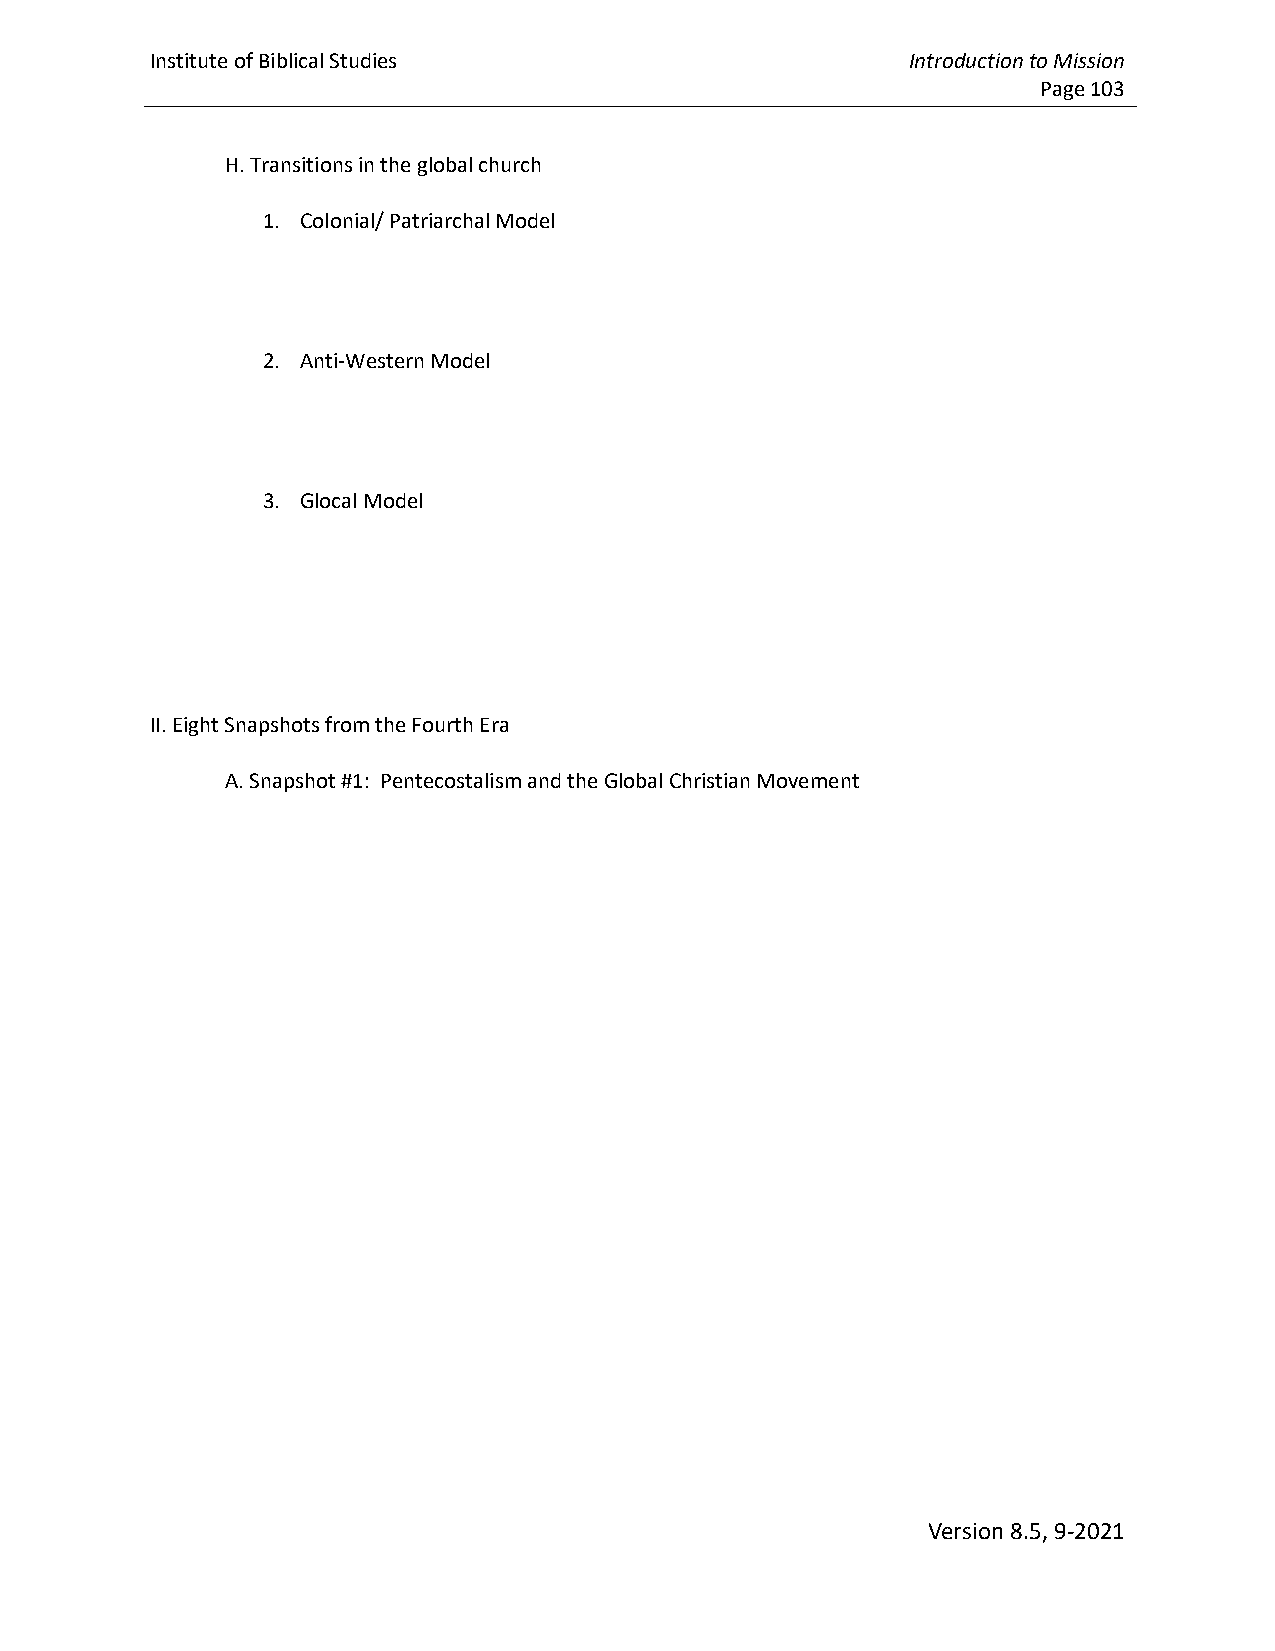
Institute of Biblical Studies                     Introduction to Mission
 Page 103
 H. Transitions in the global church
 1. Colonial/ Patriarchal Model
 2. Anti-Western Model
 3. Glocal Model
 II. Eight Snapshots from the Fourth Era
 A. Snapshot #1: Pentecostalism and the Global Christian Movement
 Version 8.5, 9-2021